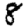
Digit: 8